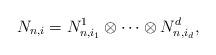
LaTeX: \begin{align*}N_{n,i} = N_{n,i_1}^1\otimes \cdots \otimes N_{n,i_d}^d,\end{align*}